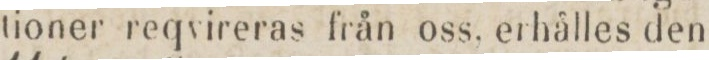
tioner reqvireras från oss. erhålles den